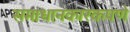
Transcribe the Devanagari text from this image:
समाधानकारकपणे